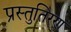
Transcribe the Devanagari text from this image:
प्रस्तुतिरण